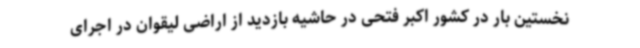
نخستین بار در کشور اکبر فتحی در حاشیه بازدید از اراضی لیقوان در اجرای